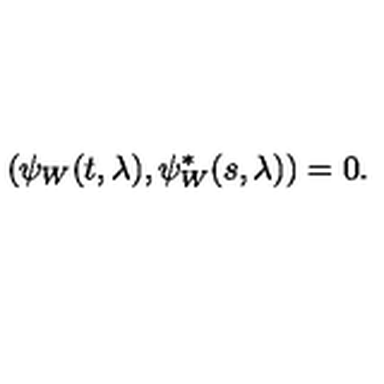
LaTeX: \left( \psi _ { W } ( t , \lambda ) , \psi _ { W } ^ { * } ( s , \lambda ) \right) = 0 .